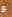
و